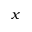
x